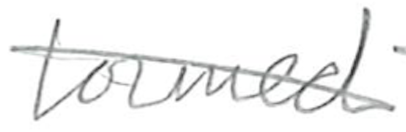
Text: formed
Cross-out: diagonal
Writing tool: pencil